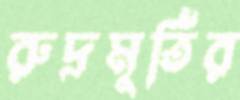
রুদ্রমূর্তির